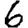
Digit: 6